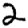
Digit: 2